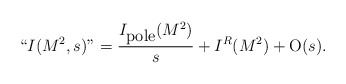
\begin{align*}``I(M^{2},s)"={I_{\mbox {pole}}(M^{2})\over s}+I^{R}(M^{2})+{\mbox O}(s).\end{align*}